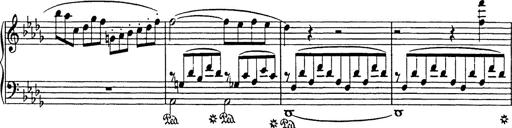
Title: Consolations
Composer: Franz Liszt